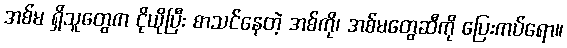
အစ်မ ရှိသူတွေက ငိုယိုပြီး စာသင်နေတဲ့ အစ်ကို၊ အစ်မတွေဆီကို ပြေးကပ်ရော။